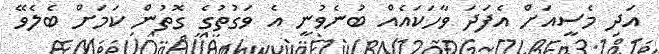
އަދި މެސީއަށް އެފަދަ ވާހަކައެއް ބުނެވުނީ އެ ވަގުތުގެ ގޮތުން ކަމަށް ބެލެވޭ